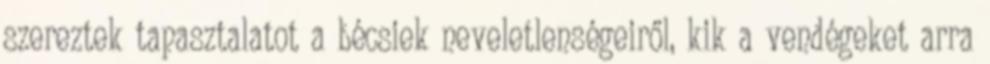
szereztek tapasztalatot a bécsiek neveletlenségeiről, kik a vendégeket arra